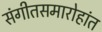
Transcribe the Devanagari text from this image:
संगीतसमारोहांत